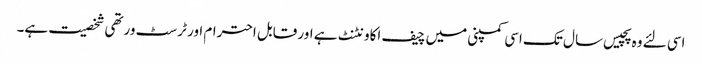
اسی لئے وہ پچیس سال تک اسی کمپنی میں چیف اکاونٹنٹ ہے اور قابل احترام اور ٹرسٹ ورتھی شخصیت ہے۔